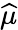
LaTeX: \widehat{\mu}